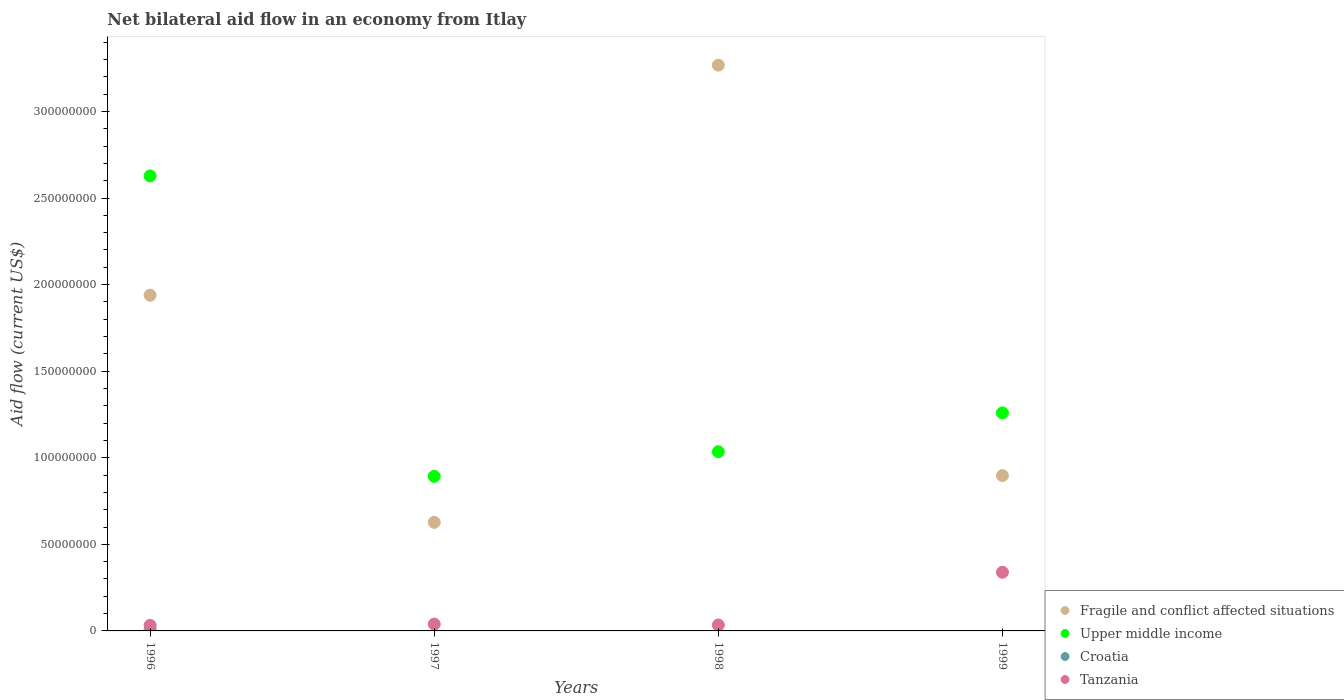
| Years | Fragile and conflict affected situations | Upper middle income | Croatia | Tanzania |
 | --- | --- | --- | --- | --- |
 | 1996 | 1.94e+08 | 2.63e+08 | 9.8e+05 | 3.21e+06 |
 | 1997 | 6.27e+07 | 8.93e+07 | -2.54e+06 | 3.94e+06 |
 | 1998 | 3.27e+08 | 1.03e+08 | -3.53e+06 | 3.41e+06 |
 | 1999 | 8.97e+07 | 1.26e+08 | -3.08e+06 | 3.39e+07 |